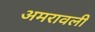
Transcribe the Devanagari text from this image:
अमरावली